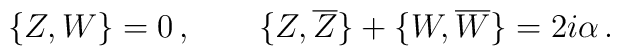
\{Z,W\}=0\,,\qquad\{Z,\overline{Z}\}+\{W,\overline{W}\}=2i\alpha\,.